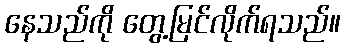
နေသည်ကို တွေ့မြင်လိုက်ရသည်။